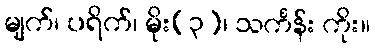
မျက်၊ ပရိက်၊ မိုး(၃)၊ သင်္ကန်း ကိုး။